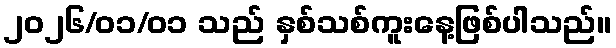
၂၀၂၆/၀၁/၀၁ သည် နှစ်သစ်ကူးနေ့ဖြစ်ပါသည်။